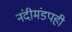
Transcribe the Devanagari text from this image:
नंदीमंडपही